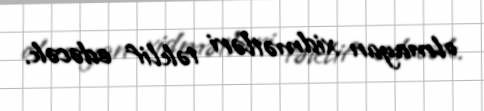
olmayan xidmətləri təklif edəcək.